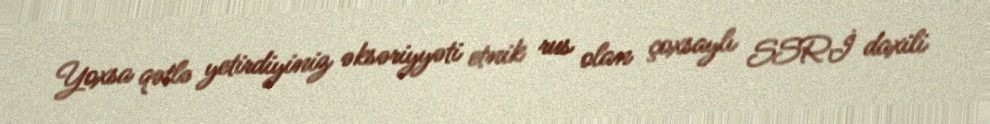
Yoxsa qətlə yetirdiyiniz əksəriyyəti etnik rus olan çoxsaylı SSRİ daxili